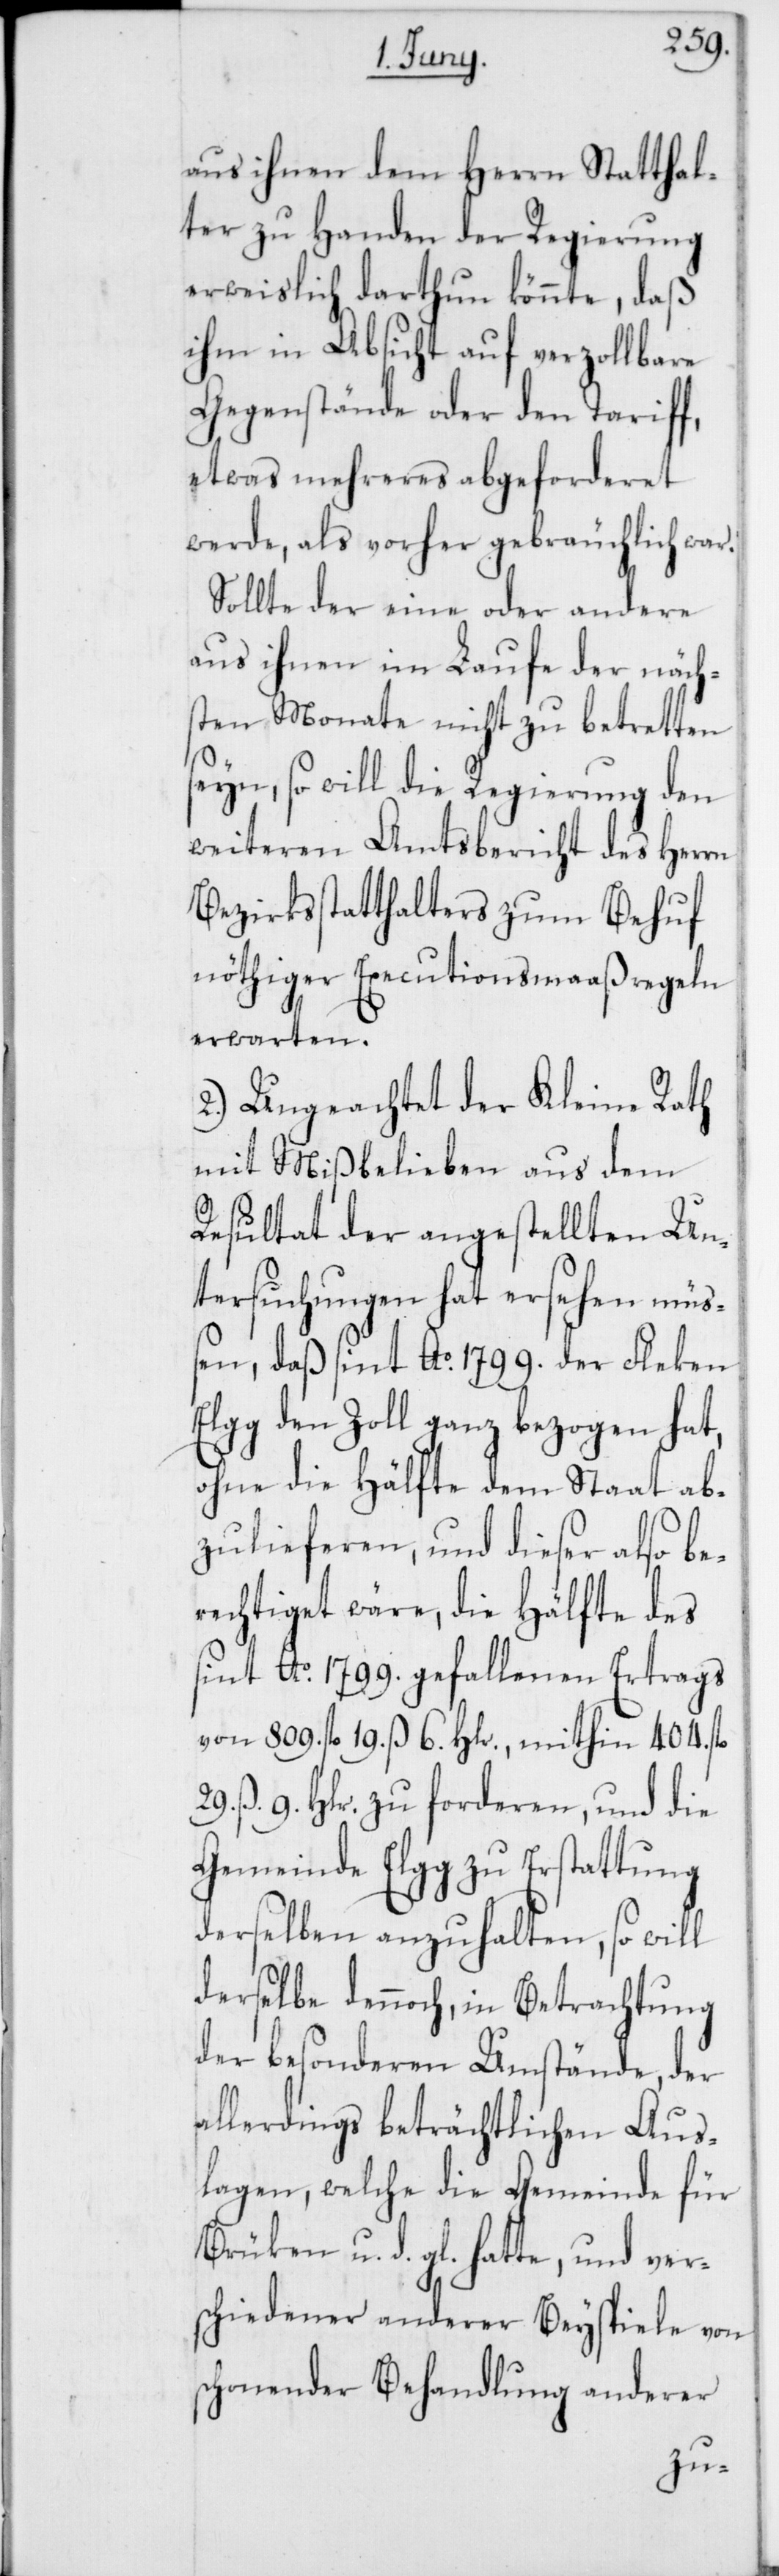
29.
aus ihnen dem Herrn Statthal¬
ter zu Handen der Regierung
erweislich darthun könnte, daß
ihm in Absicht auf verzollbare
Gegenstände oder den Tariff,
etwas mehreres abgeforderet
werde, als vorher gebräuchlich war.
Sollte der eine oder andere
aus ihnen im Laufe der näch¬
sten Monate nicht zu betretten
seyn, so will die Regierung den
weiteren Amtsbericht des Herrn
Bezirksstatthalter zum Behuf
nöthiger Executionsmaaßregeln
erwarten.
2.) Ungeachtet der Kleine Rath
mit Mißbelieben aus dem
Resultat der angestellten Un¬
tersuchungen hat ersehen müß¬
en, daß sint Ao. 1799. der Fleken
Elgg den Zoll ganz bezogen hat,
ohne die Hälfte dem Staat ab¬
zulieferen, und dieser also be¬
rechtiget wäre, die Hälfte des
sint Ao. 1799. gefallenen Ertrags
von 809. fl. 19. ß 6. Hlr., mithin 404. fl.
ß. 9. Hlr. zu forderen, und die
Gemeinde Elgg zu Erstattung
derselben anzuhalten, so will
derselbe dennoch, in Betrachtung
der besonderen Umstände, der
allerdings beträchtlichen Aus¬
lagen, welche die Gemeinde für
Brüken u. d. gl. hatte, und ver¬
schiedener anderer Beyspiele von
schonender Behandlung anderer